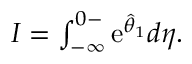
\begin{array} { r } { I = \int _ { - \infty } ^ { 0 - } \mathrm { e } ^ { \hat { \theta } _ { 1 } } d \eta . } \end{array}